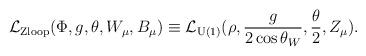
LaTeX: \begin{align*}{\cal L}_{{\rm Z loop}}(\Phi, g, \theta, W_{\mu}, B_{\mu}) \equiv {\cal L}_{\rm U(1)}(\rho,\frac{g}{2\cos \theta_{W}},\frac{\theta}{2},Z_{\mu}).\end{align*}